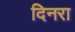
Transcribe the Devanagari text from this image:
दिनरा